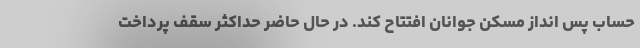
حساب پس انداز مسکن جوانان افتتاح کند. در حال حاضر حداکثر سقف پرداخت